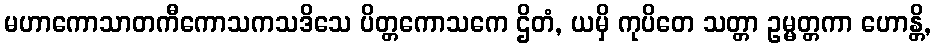
မဟာကောသာတကီကောသကသဒိသေ ပိတ္တကောသကေ ဌိတံ, ယမှိ ကုပိတေ သတ္တာ ဥမ္မတ္တကာ ဟောန္တိ,